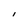
Character: I